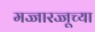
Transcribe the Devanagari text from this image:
मज्जारज्जूच्या